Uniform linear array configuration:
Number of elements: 24
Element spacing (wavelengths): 0.25
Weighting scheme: cosine
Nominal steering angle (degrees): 0
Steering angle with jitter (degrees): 1.017
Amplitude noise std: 0.05
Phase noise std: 0.05

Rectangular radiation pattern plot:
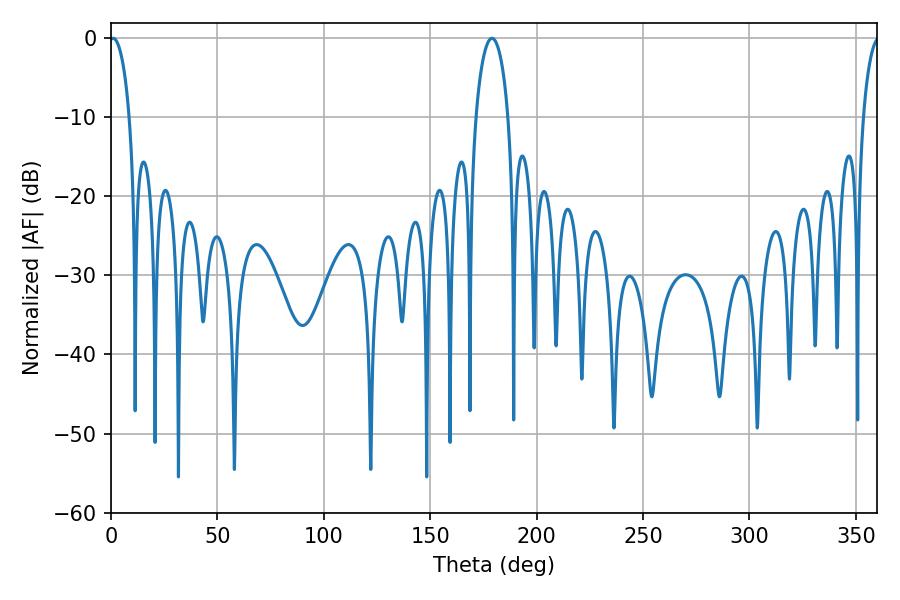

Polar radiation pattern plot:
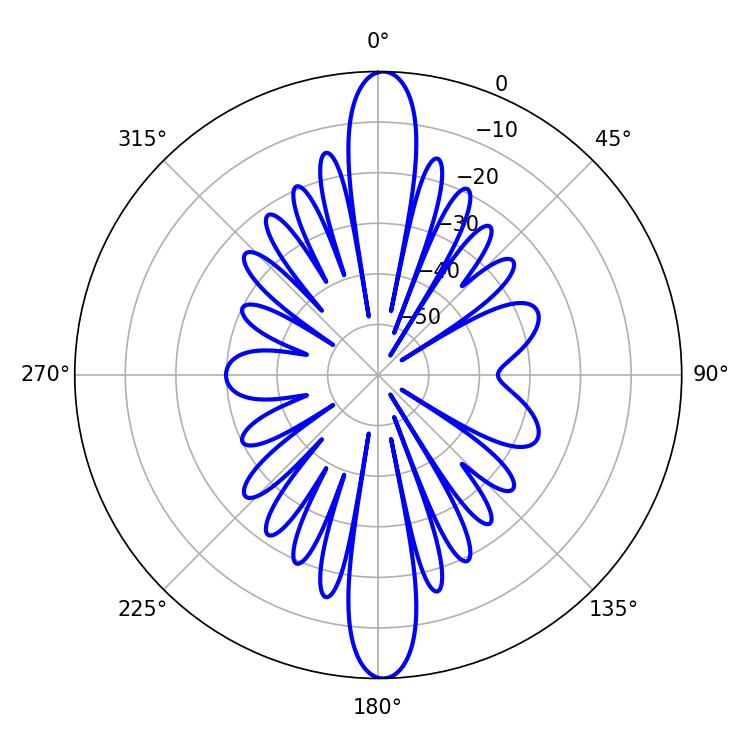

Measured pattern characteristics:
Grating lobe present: FALSE
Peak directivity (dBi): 25.261
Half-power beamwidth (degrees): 5.4
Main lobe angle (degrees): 0.9